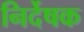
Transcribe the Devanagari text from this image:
निर्देषक